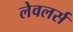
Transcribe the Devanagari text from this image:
लेवलर्स